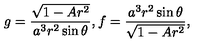
g = \frac { \sqrt { 1 - A r ^ { 2 } } } { a ^ { 3 } r ^ { 2 } \sin \theta } , \mathrm { } f = \frac { a ^ { 3 } r ^ { 2 } \sin \theta } { \sqrt { 1 - A r ^ { 2 } } } ,